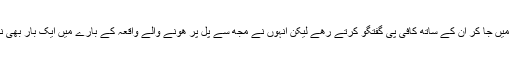
کافی شاپ میں جا کر ان کے ساتھ کافی پی گفتگو کرتے رھے لیکن انہوں نے مجھ سے پل پر ھونے والے واقعہ کے بارے میں ایک بار بھی نہیں پوچھا۔